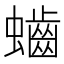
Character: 𪘅